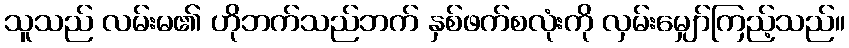
သူသည် လမ်းမ၏ ဟိုဘက်သည်ဘက် နှစ်ဖက်စလုံးကို လှမ်းမျှော်ကြည့်သည်။